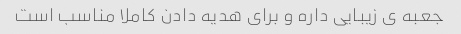
جعبه ی زیبایی داره و برای هدیه دادن کاملا مناسب است